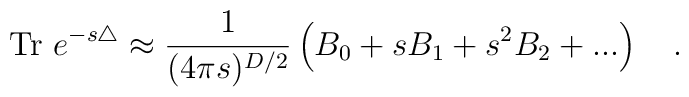
\mbox{Tr}~e^{-s\triangle}\approx{1 \over (4\pi s)^{D/2}}\left(B_0+sB_1+s^2 B_2+...\right)~~~.